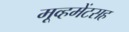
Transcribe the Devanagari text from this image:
मूव्हमेंटसह